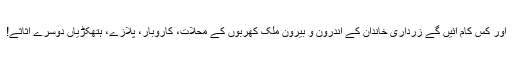
اور کس کام آئیں گے زرداری خاندان کے اندرون و بیرون ملک کھربوں کے محلات، کاروبار، پلازے، ہتھکڑیاں دوسرے اثاثے!